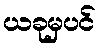
ယခုမှပင်